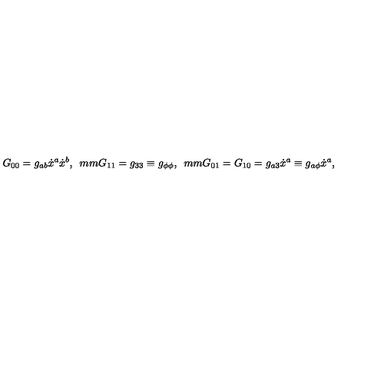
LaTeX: G _ { 0 0 } = g _ { a b } \dot { x } ^ { a } \dot { x } ^ { b } , \hspace * { 5 m m } G _ { 1 1 } = g _ { 3 3 } \equiv g _ { \phi \phi } , \hspace * { 5 m m } G _ { 0 1 } = G _ { 1 0 } = g _ { a 3 } \dot { x } ^ { a } \equiv g _ { a \phi } \dot { x } ^ { a } ,